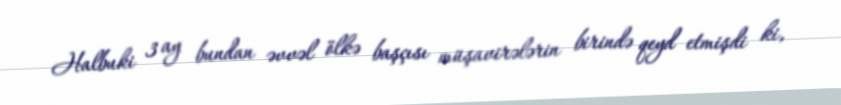
Halbuki 3 ay bundan əvvəl ölkə başçısı müşavirələrin birində qeyd etmişdi ki,